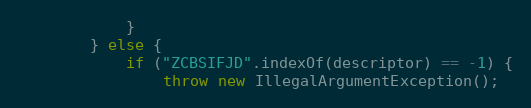
Language: Java
            }
        } else {
            if ("ZCBSIFJD".indexOf(descriptor) == -1) {
                throw new IllegalArgumentException();